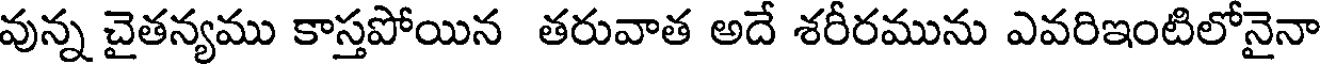
వున్న చైతన్యము కాస్తపోయిన తరువాత అదే శరీరమును ఎవరిఇంటిలోనైనా